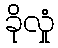
ခိုလှုံ